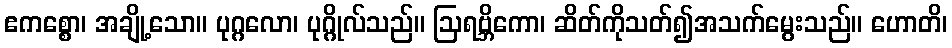
ဧကစ္စော၊ အချို့သော။ ပုဂ္ဂလော၊ ပုဂ္ဂိုလ်သည်။ ဩရဗ္ဘိကော၊ ဆိတ်ကိုသတ်၍အသက်မွေးသည်။ ဟောတိ၊